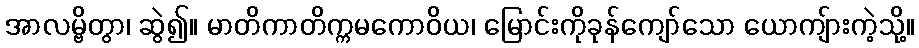
အာလမ္ဗိတွာ၊ ဆွဲ၍။ မာတိကာတိက္ကမကောဝိယ၊ မြောင်းကိုခုန်ကျော်သော ယောကျ်ားကဲ့သို့။